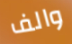
والف